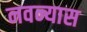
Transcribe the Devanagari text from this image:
नवन्यास